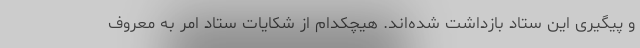
و پیگیری این ستاد بازداشت شده‌اند. هیچکدام از شکایات ستاد امر به معروف